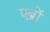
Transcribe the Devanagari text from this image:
एब्रों